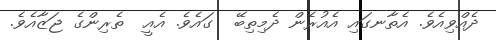
ދެއްވިއެވެ. އެތާނގައި އެއުރެން ދެމިތިބޭ  ގައެވެ. އެއީ  ތެރިންގެ ޖަޒާއެވެ.